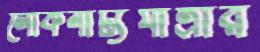
লোকনাট্যযাত্রার